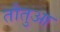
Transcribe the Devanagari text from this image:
तौतुआ